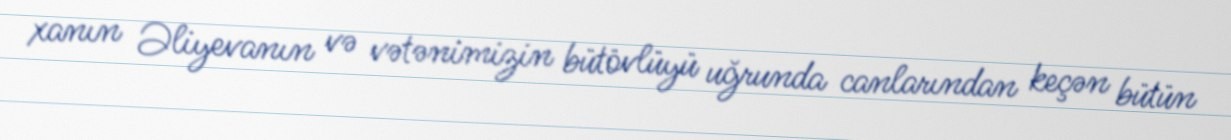
xanın Əliyevanın və vətənimizin bütövlüyü uğrunda canlarından keçən bütün